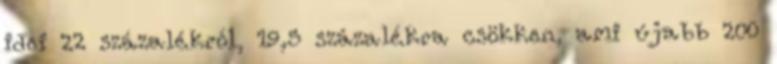
idei 22 százalékról, 19,5 százalékra csökken, ami újabb 200